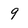
Character: 9